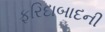
ફરિદાબાદની